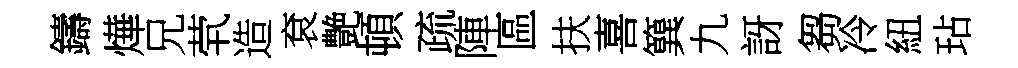
鑄燁兄茕造袞艶頓疏陣區扶喜簨九訝芻冷紐玷